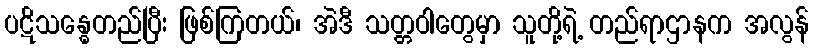
ပဋိသန္ဓေတည်ပြီး ဖြစ်ကြတယ်၊ အဲဒီ သတ္တဝါတွေမှာ သူတို့ရဲ့ တည်ရာဌာနက အလွန်